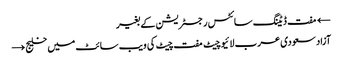
← مفت ڈیٹنگ سائٹس رجسٹریشن کے بغیر
آزاد سعودی عرب لائیو چیٹ مفت چیٹ کی ویب سائٹ میں خلیج →